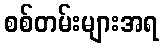
စစ်တမ်းများအရ